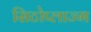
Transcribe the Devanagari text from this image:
सिटोप्लाज्म